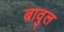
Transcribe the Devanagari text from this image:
बावुल